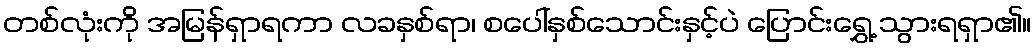
တစ်လုံးကို အမြန်ရှာရကာ လခနှစ်ရာ၊ စပေါ်နှစ်သောင်းနှင့်ပဲ ပြောင်းရွှေ့ သွားရရှာ၏။